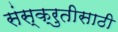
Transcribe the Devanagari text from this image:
संस्क्रुतीसाठी